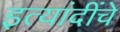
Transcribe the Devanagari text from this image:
इत्यांदींचे